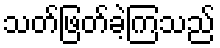
သတ်ဖြတ်ခဲ့ကြသည်